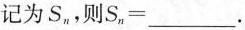
记为S_{n},则$$S_{n}=___$$.